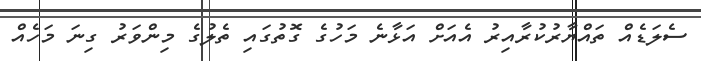
ސެލަޑެއް ތައްޔާރުކުރާއިރު އެއަށް އަޅާނެ މަހުގެ ގޮތުގައި ތެލުގެ މިންވަރު ގިނަ މަހެއް